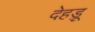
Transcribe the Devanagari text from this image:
देहड़ू